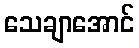
သေချာအောင်